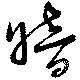
暗